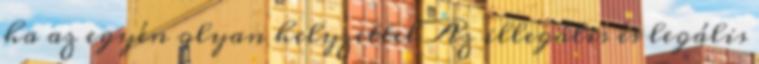
ha az egyén olyan helyzettel Az illegális és legális